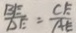
\frac { B E } { D E } = \frac { C E } { A E }